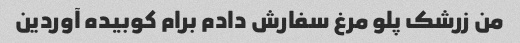
من زرشک پلو مرغ سفارش دادم برام کوبیده آوردین